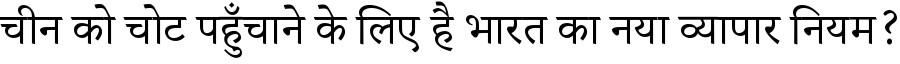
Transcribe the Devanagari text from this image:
चीन को चोट पहुँचाने के लिए है भारत का नया व्यापार नियम?